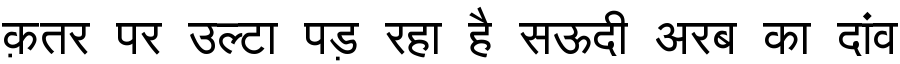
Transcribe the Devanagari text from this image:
क़तर पर उल्टा पड़ रहा है सऊदी अरब का दांव